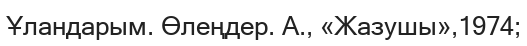
Ұландарым. Өлеңдер. А., «Жазушы»,1974;